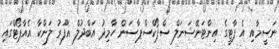
ނަސީމާއި އެ ޕާޓީގެ އިންޓަނޭޝަނަލް ސްޕޯކްސްޕާސަން ހާމިދު އަބްދުލް ޣަފޫރު ލަންކާ އެއާޕޯޓްގައި